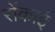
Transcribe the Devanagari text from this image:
रोंकाई